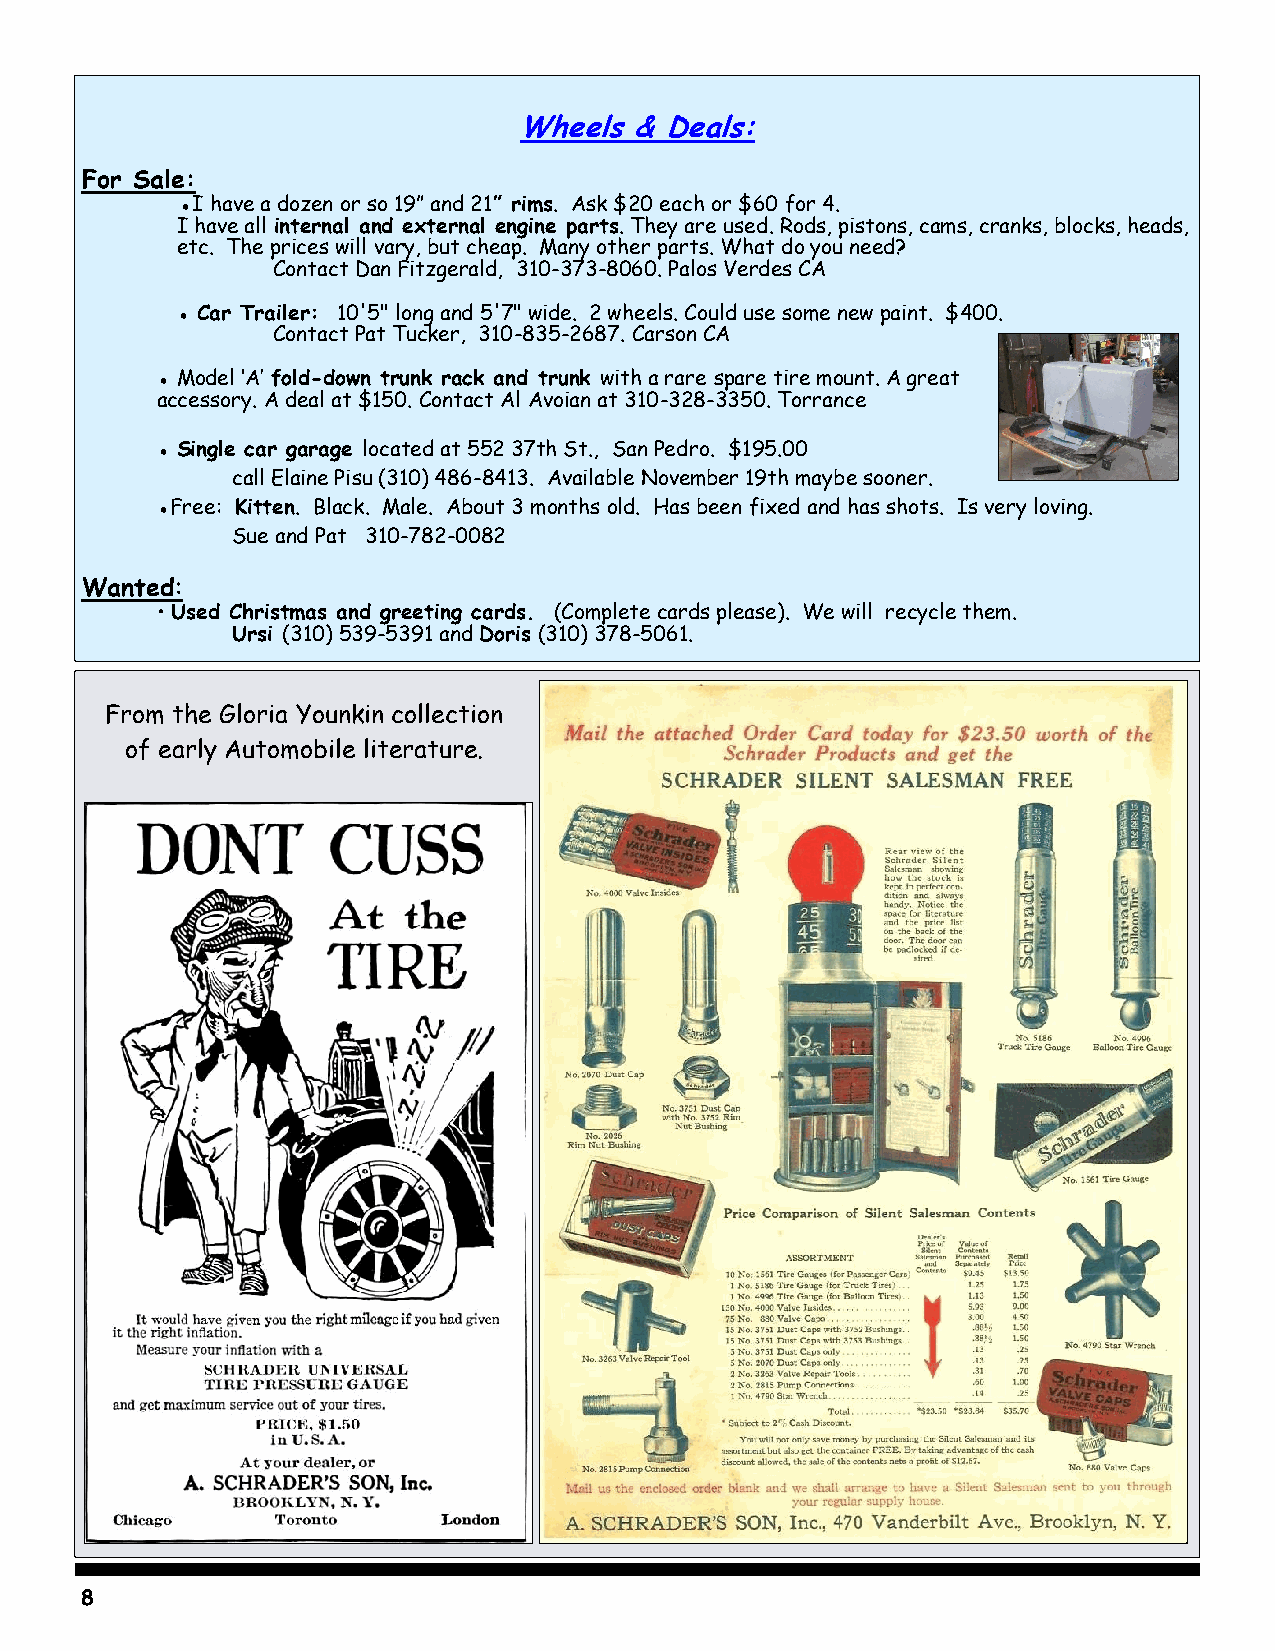
Wheels  & Deals:
 For Sale:
 ●I have a dozen or so 19” and 21” rims. Ask $20 each or $60 for 4.
 I have all internal and external engine parts. They are used. Rods, pistons, cams, cranks, blocks, heads,
 etc. The prices will vary, but cheap. Many other parts. What do you need?
 Contact Dan Fitzgerald, 310-373-8060. Palos Verdes CA
 ● Car Trailer: 10'5" long and 5'7" wide. 2 wheels. Could use some new paint. $400.
 Contact Pat Tucker, 310-835-2687. Carson CA
 ● Model ‘A’ fold-down trunk rack and trunk with a rare spare tire mount. A great
 accessory. A deal at $150. Contact Al Avoian at 310-328-3350. Torrance
 ● Single car garage located at 552 37th St., San Pedro. $195.00
 call Elaine Pisu (310) 486-8413. Available November 19th maybe sooner.
 ●Free: Kitten. Black. Male. About 3 months old. Has been fixed and has shots. Is very loving.
 Sue and Pat 310-782-0082
 Wanted:
 • Used Christmas and greeting cards. (Complete cards please). We will recycle them.
 Ursi (310) 539-5391 and Doris (310) 378-5061.
 From the Gloria Younkin collection
 of early Automobile literature.
 8